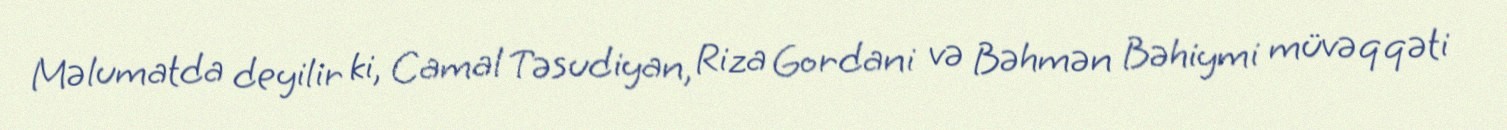
Məlumatda deyilir ki, Camal Təsudiyan, Riza Gordani və Bəhmən Bəhiymi müvəqqəti